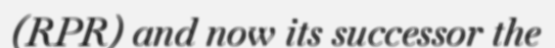
(RPR) and now its successor the